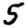
Digit: 5